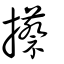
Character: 攃